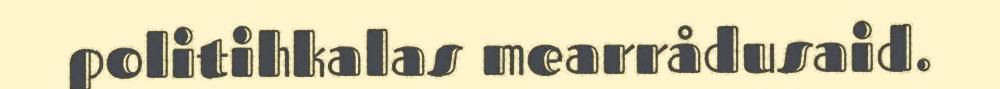
politihkalas mearrådusaid.